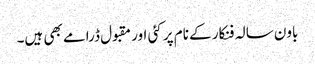
باون سالہ فنکار کے نام پر کئی اور مقبول ڈرامے بھی ہیں۔